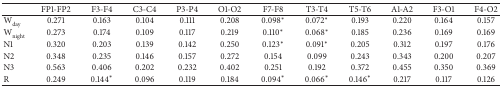
|  | FP1-FP2 | F3-F4 | C3-C4 | P3-P4 | O1-O2 | F7-F8 | T3-T4 | T5-T6 | A1-A2 | F3-O1 | F4-O2 |
 | --- | --- | --- | --- | --- | --- | --- | --- | --- | --- | --- | --- |
 | Wday | 0.271 | 0.163 | 0.104 | 0.111 | 0.208 | 0.098* | 0.072* | 0.193 | 0.220 | 0.164 | 0.157 |
 | Wnight | 0.273 | 0.174 | 0.109 | 0.117 | 0.219 | 0.110* | 0.068* | 0.185 | 0.236 | 0.169 | 0.169 |
 | N1 | 0.320 | 0.203 | 0.139 | 0.142 | 0.250 | 0.123* | 0.091* | 0.205 | 0.312 | 0.197 | 0.176 |
 | N2 | 0.348 | 0.235 | 0.146 | 0.157 | 0.272 | 0.154 | 0.099 | 0.243 | 0.343 | 0.200 | 0.207 |
 | N3 | 0.563 | 0.406 | 0.202 | 0.232 | 0.402 | 0.251 | 0.192 | 0.372 | 0.455 | 0.350 | 0.369 |
 | R | 0.249 | 0.144* | 0.096 | 0.119 | 0.184 | 0.094* | 0.066* | 0.146* | 0.217 | 0.117 | 0.126 |